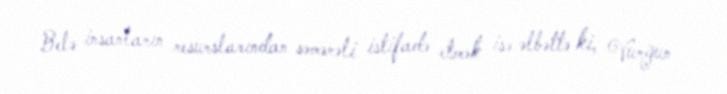
Belə insanların resurslarından səmərəli istifadə etmək isə əlbəttə ki, Vurğun